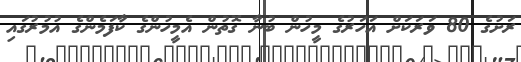
ރަށުގެ 80 ވަރަކަށް އަހަރުގެ މީހުން ބުނާ ގޮތުން އެމީހުންގެ ކާފަމެންގެ އުމުރުގައި